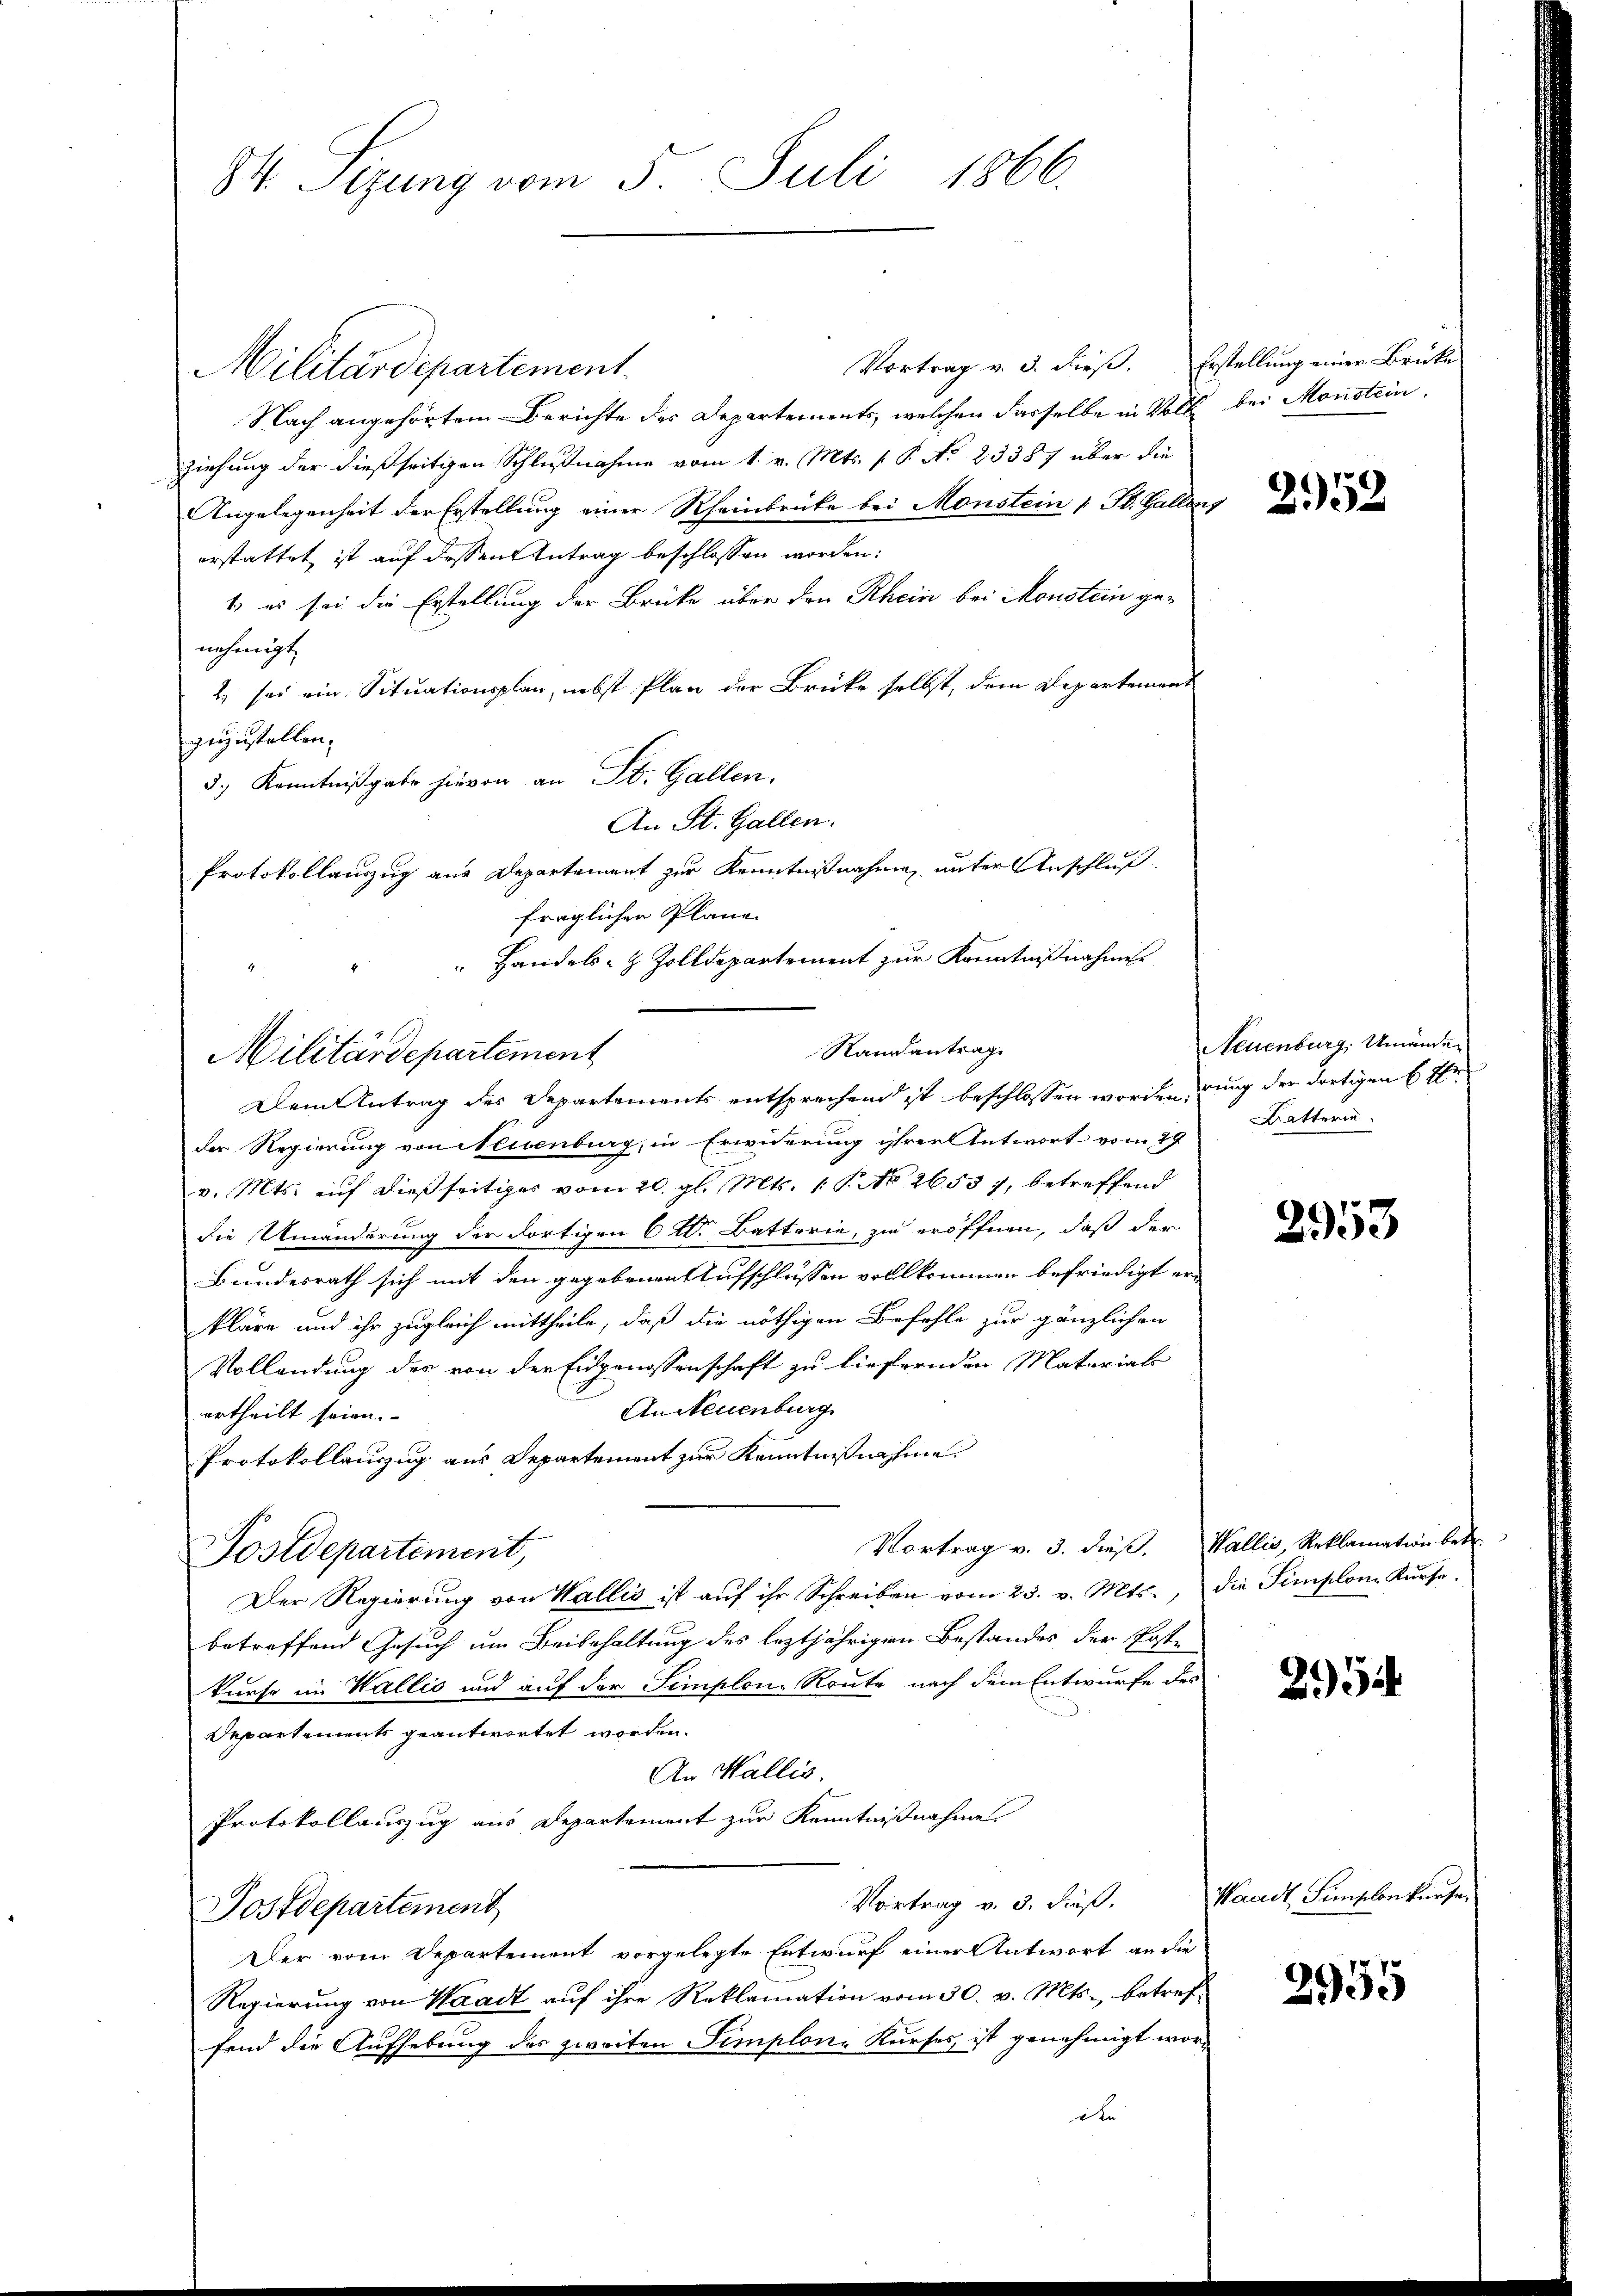
84. Sezung vom 5. Juli 1866.

Vortrag v. 3. dieß. Erstellung einer Bruke
Militärdepartement.
Nach angehörtem Berichte des Departements, welchen dasselbe in Volk bei Monstein
ziehung der dießseitigen Schlußnahme vom 1. v. Mts. f. P. No 23387 über die
Angelegenheit der Erstellung einer Rheinbrücke bei Monstein 1 St. Galleng
erstattet ist auf dessen Antrag beschlossen worden:
1) es sei die Erstellung der Brücke über den Rhein bei Monstein genehmigt.
2) sei ein Situationsplan, nebst Plan der Brücke selbst, dem Departement
zuzustellen.
3.) Kenntnißgabe hievon an St. Gallen,
An St. Gallen.
Protokollauszug aus Departement zur Kenntnißnahme unter Anschluß
fraglicher Pläne.
 Handels- & Zolldepartement zur Kenntnißnahme
der Regierung von Neisenburg, in Erwiderung ihrer Antwort vom 29
v. Mts. auf dießseitiges vom 20. gl. Mts. 1. No 26557, betreffend
die Umänderung der dortigen 6 Kt. Batterie, zu eröffnen, daß der
Bundesrath sich mit den gegebenen Aufschlüssen vollkommen befriedigt erkläre und ihr zugleich mittheile, daß die nöthigen Befehle zur gänzlichen
Vollendung des von der Eidgenossenschaft zu liefernden Materials
An Neuenburg
ertheilt seien.
Protokollauszug aus Departement zur Kenntnißnahme
Vortrag v. 3. dieβ. Wallis, Reklamation betr.
Postdepartement,
Der Regierung von Wallis ist aŭf ihr Schreiben vom 23. v. Mts., die Simplon Kurse.
betreffend Gesuch um Beibehaltung des leztjährigen Bestandes der Post-
kurse im Wallis und auf der Simplon Route nach dem Entwurfe des
Departements geantwortet worden.
An Wallis.
Protokollauszug aus Departement zur Kenntnißnahme
Vortrag v. 3. daß.
Postdepartement
Der vom Departement vorgelegte Entwurf einer Antwort an die
Regierung von Waadt auf ihre Reklamation vom 30. v. Mts., betreffend die Aufhebung des zweiten Simplon-Kurses, ist genehmigt wor¬
An

Militärdepartement

Randantrag
Dem Antrag der Departements entsprechend ist beschlossen worden, ung der dortigen 6 tr

2952

Neuenburg, Umänder
Katterie

3953

234

Waadt, Simplonkurse,

2955